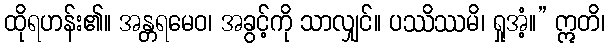
ထိုရဟန်း၏။ အန္တရမေဝ၊ အခွင့်ကို သာလျှင်။ ပဿိဿမိ၊ ရှုအံ့။” ဣတိ၊